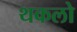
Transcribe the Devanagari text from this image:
थकलो